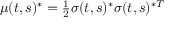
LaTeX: \textstyle \mu ( t , s ) ^ { * } = { \frac { 1 } { 2 } } { \boldsymbol { \sigma } } ( t , s ) ^ { * } { \boldsymbol { \sigma } } ( t , s ) ^ { * T }